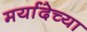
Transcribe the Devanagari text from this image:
मर्यादेच्या